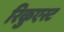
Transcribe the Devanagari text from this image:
रिकुएस्ट